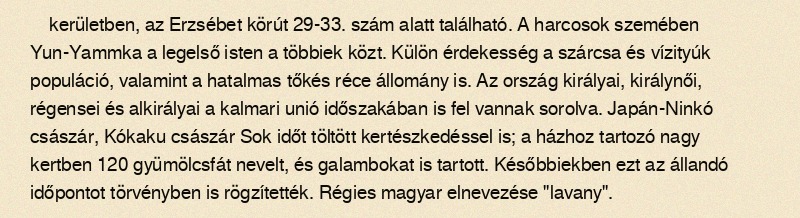
kerületben, az Erzsébet körút 29-33. szám alatt található. A harcosok szemében Yun-Yammka a legelső isten a többiek közt. Külön érdekesség a szárcsa és vízityúk populáció, valamint a hatalmas tőkés réce állomány is. Az ország királyai, királynői, régensei és alkirályai a kalmari unió időszakában is fel vannak sorolva. Japán-Ninkó császár, Kókaku császár Sok időt töltött kertészkedéssel is; a házhoz tartozó nagy kertben 120 gyümölcsfát nevelt, és galambokat is tartott. Későbbiekben ezt az állandó időpontot törvényben is rögzítették. Régies magyar elnevezése "lavany".